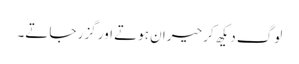
لوگ دیکھ کر حیران ہوتے اور گزر جاتے۔